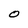
Character: O